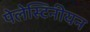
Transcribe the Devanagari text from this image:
पेलेस्टिनीयन